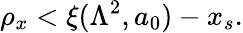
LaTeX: \rho_{x}<\xi(\Lambda^{2},a_{0})-x_{s}.